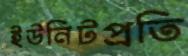
ইউনিটপ্রতি